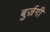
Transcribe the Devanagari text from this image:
बुर्ज़गी